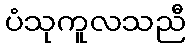
ပံသုကူလသညီ